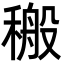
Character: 𮃝